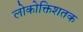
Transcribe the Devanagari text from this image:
लोकोक्तिशतक